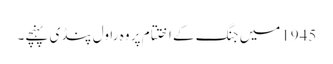
1945میں جنگ کے اختتام پر وہ راول پنڈی پہنچے۔